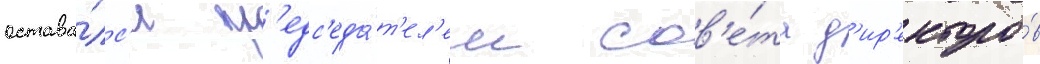
остава́лс'я пр'едс'еда́т'ел'ем сов'е́та д'ир'екторо́в